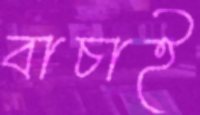
বাচাই